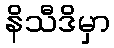
နိသီဒိမှာ